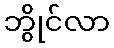
ဘွိုင်လာ